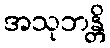
အသုဘန္တိ